Report of the Hyderabad Chloroform Commission
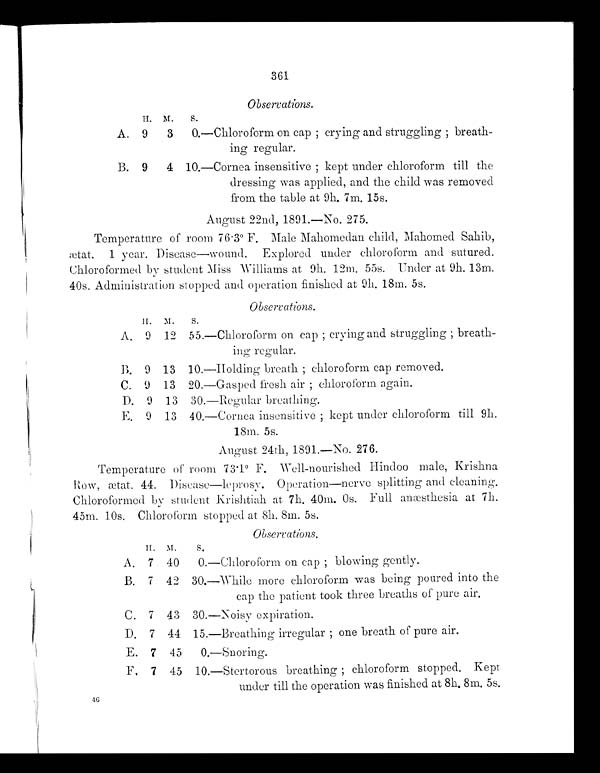
361
Observations.
H. M. S.
A. 9 3 0.—Chloroform on cap; crying and struggling; breath
-ing regular.
B. 9 4 10.—Cornea insensitive; kept under chloroform till the
dressing was applied, and the child was removed
from the table at 9h. 7m. 15s.
August 22nd, 1891.—No. 275.
Temperature of room 76·3° F. Male Mahomedan child, Mahomed Sahib,
ætat. 1 year. Disease—wound. Explored under chloroform and sutured.
Chloroformed by student Miss Williams at 9h. 12m. 55s. Under at 9h. 13m.
40s. Administration stopped and operation finished at 9h. 18m. 5s.
H. M. S.
A. 9 12 55.—Chloroform on cap; crying and struggling; breath-
ing regular.
B. 9 13 10.—Holding breath; chloroform cap removed.
C. 9 13 20.—Gasped fresh air; chloroform again.
D. 9 13 30.—Regular breathing.
E. 9 13 40.—Cornea insensitive; kept under chloroform till 9h.
18m. 5s.
August 24th, 1891.—No. 276.
Temperature of room 73·1° F. Well-nourished Hindoo male, Krishna
Row, ætat. 44. Disease—leprosy. Operation—nerve splitting and cleaning.
Chloroformed by student Krishtiah at 7h. 40m. 0s. Full anæsthesia at 7h.
45m. 10s. Chloroform stopped at 8h. 8m. 5s.
Observations.
H. M. S.
A. 7 40 0.—Chloroform on cap; blowing gently.
B. 7 42 30.—While more chloroform was being poured into the
cap the patient took three breaths of pure air.
C. 7 43 30.—Noisy expiration.
D. 7 44 15.—Breathing irregular; one breath of pure air.
E. 7 45 0.—Snoring.
F. 7 45 10.—Stertorous breathing; chloroform stopped. Kept
under till the operation was finished at 8h. 8m. 5s.